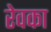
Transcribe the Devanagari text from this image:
रेवका